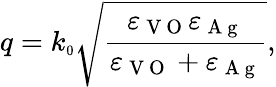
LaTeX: q=k_{\scriptscriptstyle 0}\sqrt{\frac{\varepsilon_{\mathrm{~V~O~}}\varepsilon_{\mathrm{~A~g~}}}{\varepsilon_{\mathrm{~V~O~}}+\varepsilon_{\mathrm{~A~g~}}}},